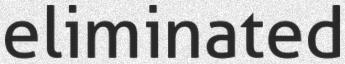
eliminated